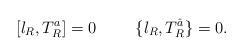
LaTeX: \begin{align*}[\l_R,T_R^a]=0\hskip 1cm \{\l_R,T_R^{\hat a}\}=0 .\end{align*}